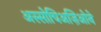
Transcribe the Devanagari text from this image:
अस्सोचिअज़िओने